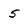
Character: 5